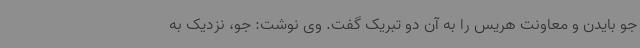
جو بایدن و معاونت هریس را به آن دو تبریک گفت. وی نوشت: جو، نزدیک به